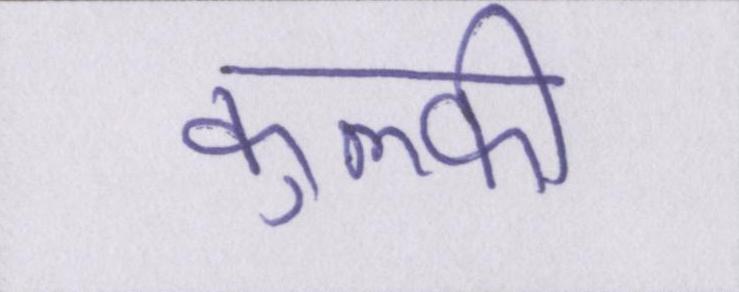
कुल्फी